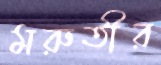
মরুতীর